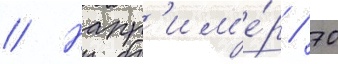
// Напр'им'е́р / 70